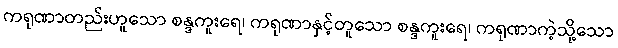
ကရုဏာတည်းဟူသော စန္ဒကူးရေ၊ ကရုဏာနှင့်တူသော စန္ဒကူးရေ၊ ကရုဏာကဲ့သို့သော